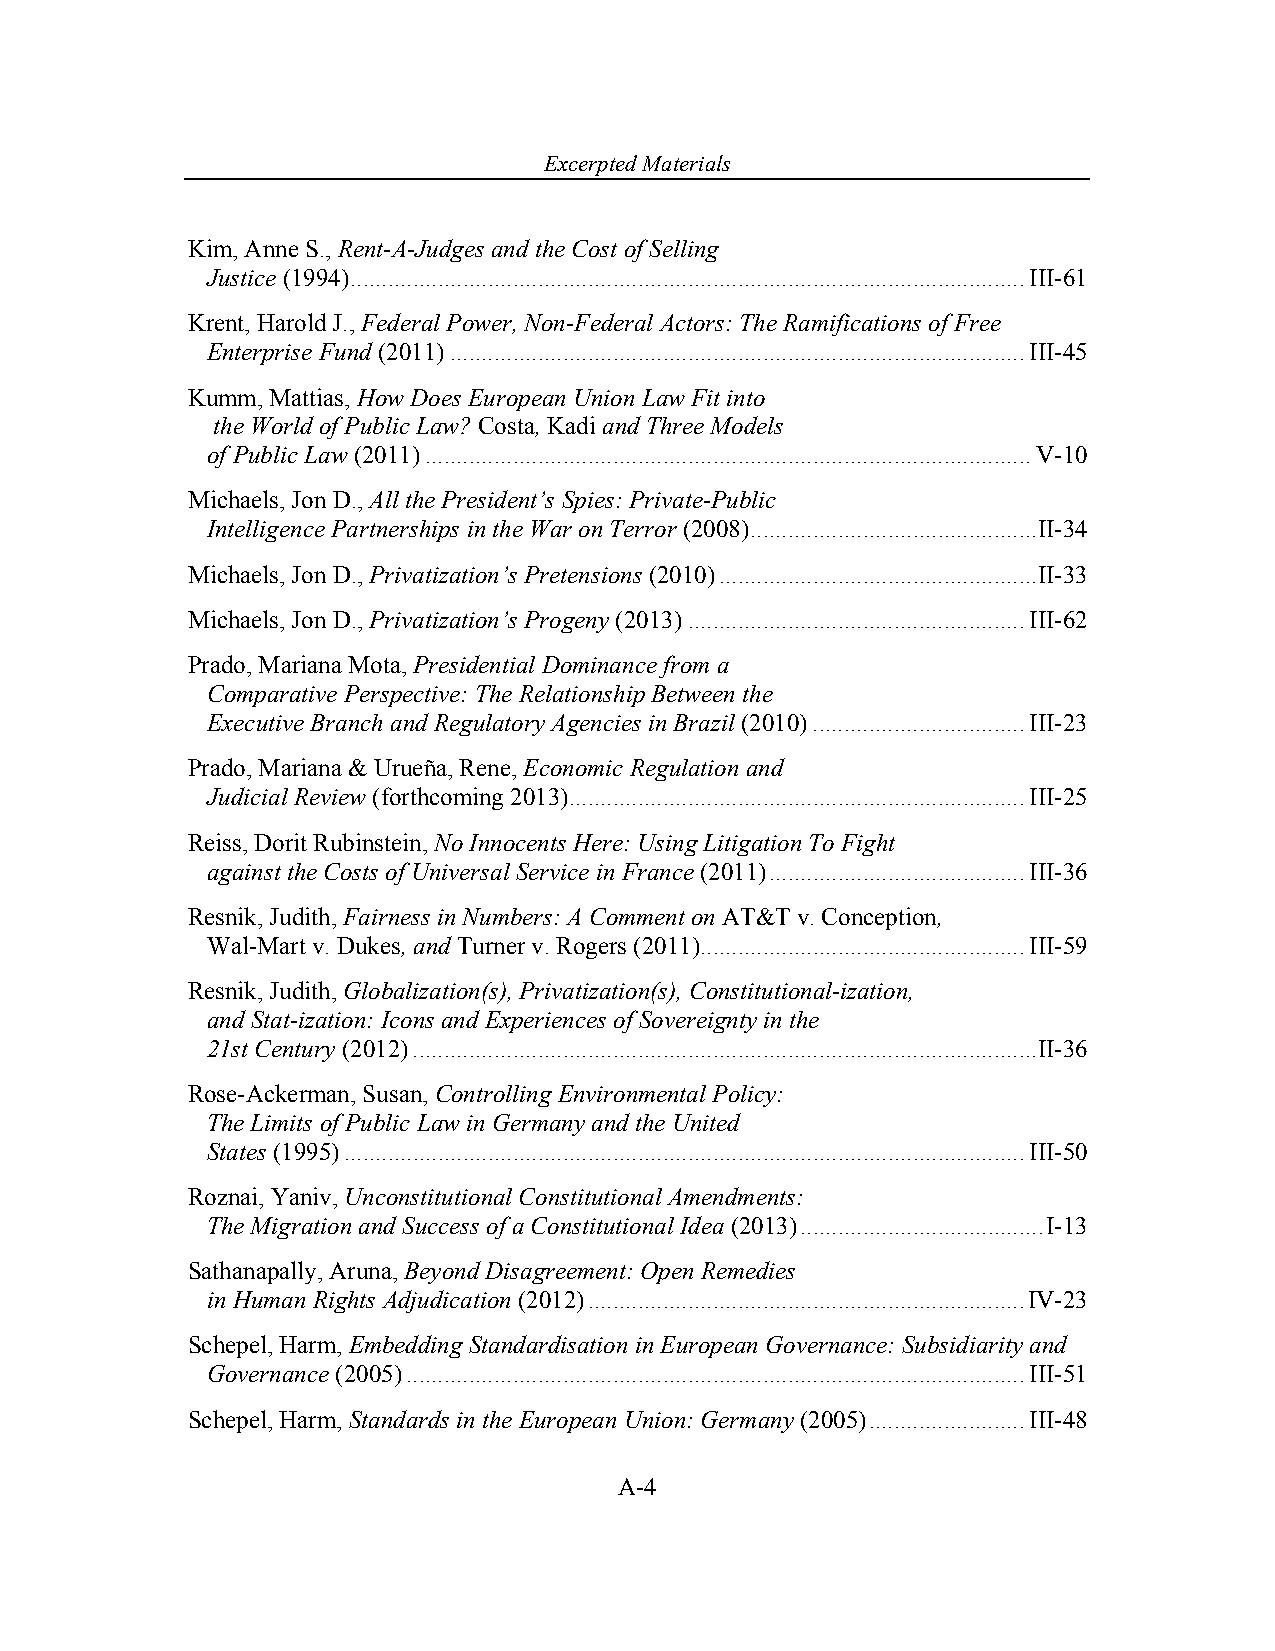
Excerpted Materials
 Kim, Anne S., Rent-A-Judges and the Cost of Selling
 Justice (1994) ............................................................................................................ III-61
 Krent, Harold J., Federal Power, Non-Federal Actors: The Ramifications of Free
 Enterprise Fund (2011) ............................................................................................ III-45
 Kumm, Mattias, How Does European Union Law Fit into
 the World of Public Law? Costa, Kadi and Three Models
 of Public Law (2011) ................................................................................................. V-10
 Michaels, Jon D., All the President’s Spies: Private-Public
 Intelligence Partnerships in the War on Terror (2008) .............................................. II-34
 Michaels, Jon D., Privatization’s Pretensions (2010) ................................................... II-33
 Michaels, Jon D., Privatization’s Progeny (2013) ...................................................... III-62
 Prado, Mariana Mota, Presidential Dominance from a
 Comparative Perspective: The Relationship Between the
 Executive Branch and Regulatory Agencies in Brazil (2010) .................................. III-23
 Prado, Mariana & Urueña, Rene, Economic Regulation and
 Judicial Review (forthcoming 2013) ......................................................................... III-25
 Reiss, Dorit Rubinstein, No Innocents Here: Using Litigation To Fight
 against the Costs of Universal Service in France (2011) ......................................... III-36
 Resnik, Judith, Fairness in Numbers: A Comment on AT&T v. Conception,
 Wal-Mart v. Dukes, and Turner v. Rogers (2011) .................................................... III-59
 Resnik, Judith, Globalization(s), Privatization(s), Constitutional-ization,
 and Stat-ization: Icons and Experiences of Sovereignty in the
 21st Century (2012) .................................................................................................... II-36
 Rose-Ackerman, Susan, Controlling Environmental Policy:
 The Limits of Public Law in Germany and the United
 States (1995) ............................................................................................................. III-50
 Roznai, Yaniv, Unconstitutional Constitutional Amendments:
 The Migration and Success of a Constitutional Idea (2013) ....................................... I-13
 Sathanapally, Aruna, Beyond Disagreement: Open Remedies
 in Human Rights Adjudication (2012) ...................................................................... IV-23
 Schepel, Harm, Embedding Standardisation in European Governance: Subsidiarity and
 Governance (2005) ................................................................................................... III-51
 Schepel, Harm, Standards in the European Union: Germany (2005) ......................... III-48
 A-4